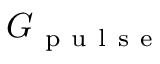
G _ { \mathrm { ~ p ~ u ~ l ~ s ~ e ~ } }